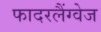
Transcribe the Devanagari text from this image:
फादरलैंग्वेज